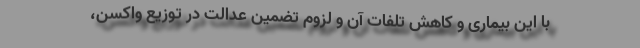
با این بیماری و کاهش تلفات آن و لزوم تضمین عدالت در توزیع واکسن،